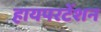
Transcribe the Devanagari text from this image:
हायपरटेंशन